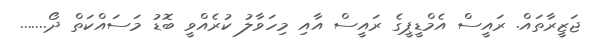
ޖަޒީރާތައް. ރައީސް އެމްޑީޕީގެ ރައީސް އާއި މިހަވާލު ކުރެއްވީ ބޮޑު މަސައްކަތް ދޯ.......